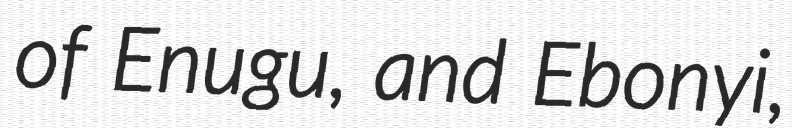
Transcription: of Enugu, and Ebonyi,